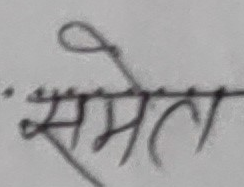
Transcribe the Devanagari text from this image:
सम्मत